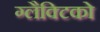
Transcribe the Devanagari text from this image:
ग्‍लैक्टिको